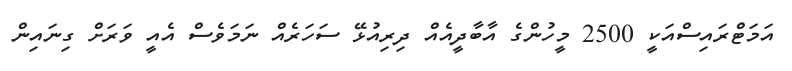
އަމަޓްރައިސްއަކީ 2500 މީހުންގެ އާބާދީއެއް ދިރިއުޅޭ ސަހަރެއް ނަމަވެސް އެއީ ވަރަށް ގިނައިން